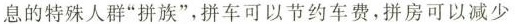
息的特殊人群”拼族”，拼车可以节约车费，拼房可以减少